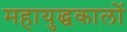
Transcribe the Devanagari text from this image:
महायुद्धकालों